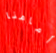
أمامنا